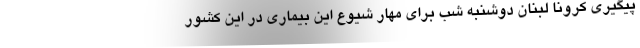
پیگیری کرونا لبنان دوشنبه شب برای مهار شیوع این بیماری در این کشور